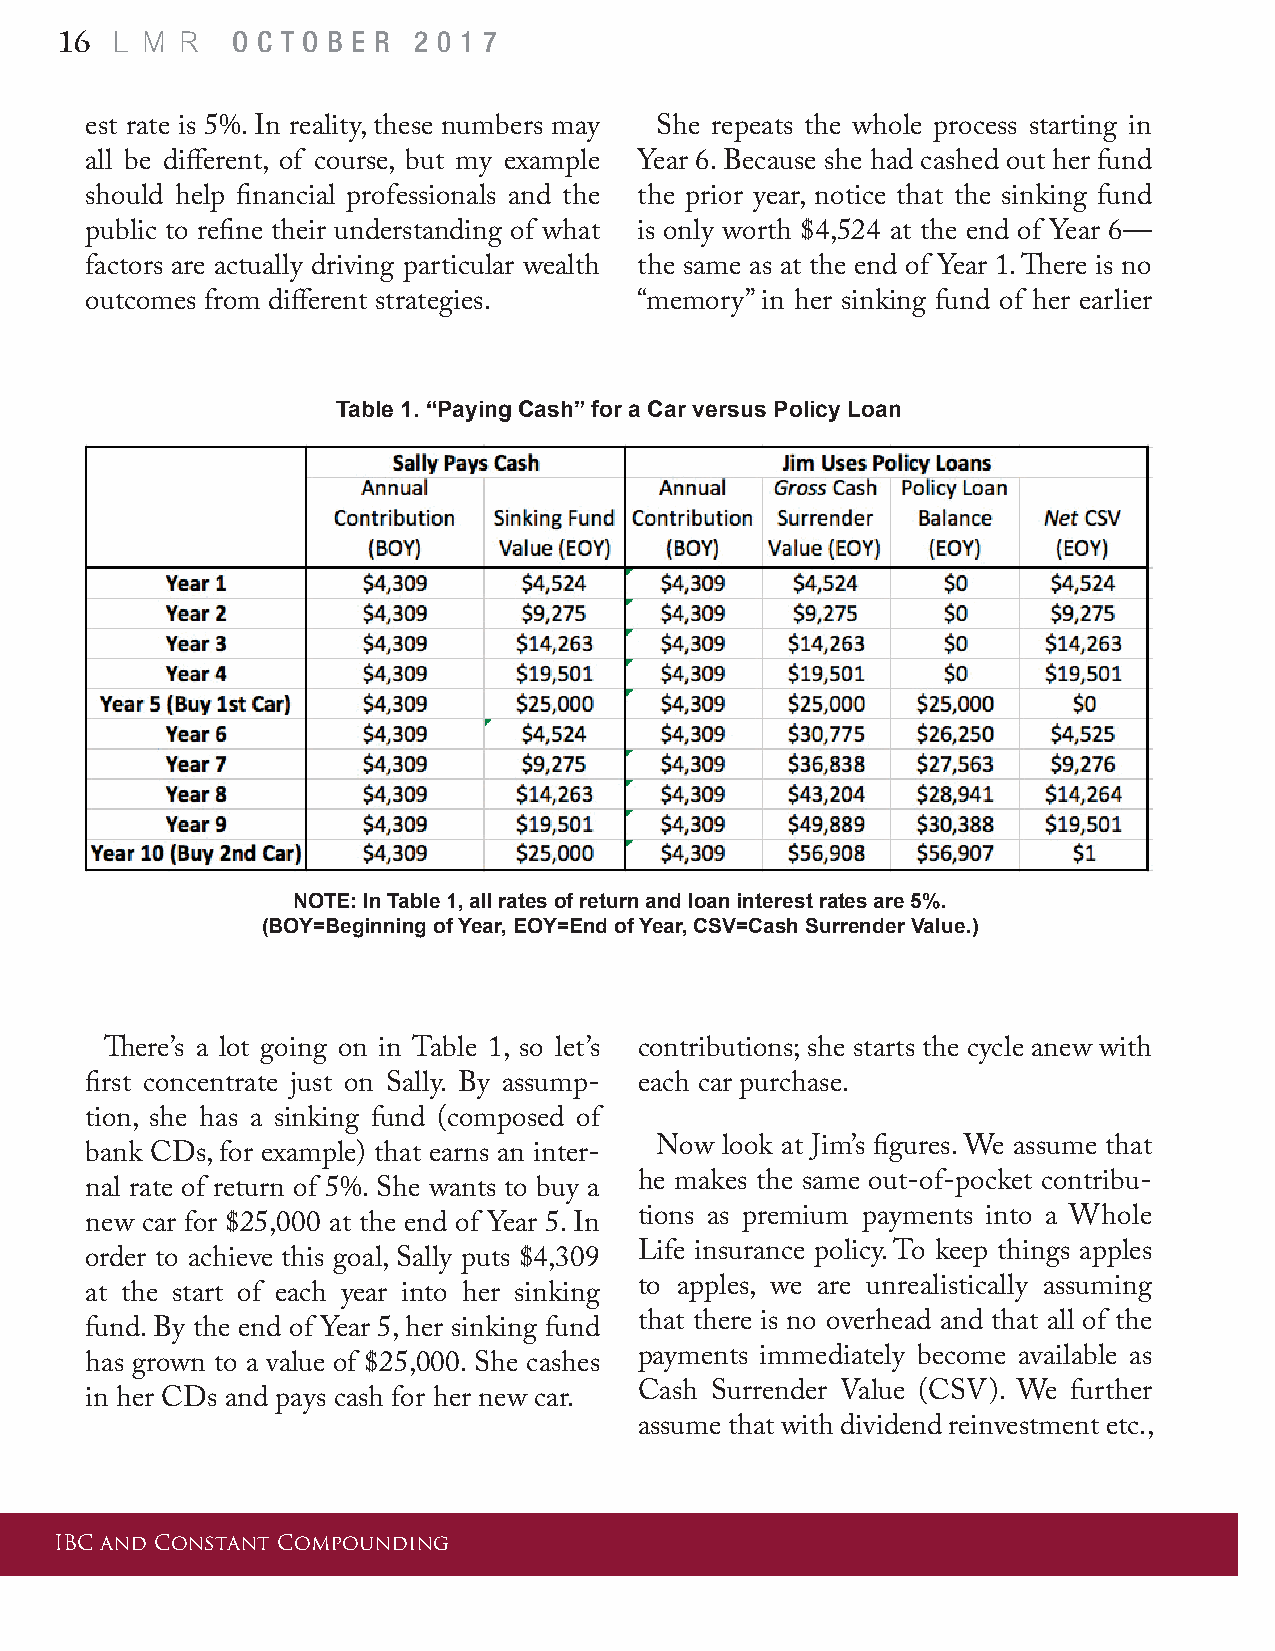
L M  R
 16         O C T O B E R 2 0 1 7
 est rate is 5%. In reality, these numbers may She repeats the whole process starting in
 all be different, of course, but my example Year 6. Because she had cashed out her fund
 should help financial professionals and the the prior year, notice that the sinking fund
 public to refine their understanding of what is only worth $4,524 at the end of Year 6—
 factors are actually driving particular wealth the same as at the end of Year 1. There is no
 outcomes from different strategies. “memory” in her sinking fund of her earlier
 Table 1. “Paying Cash” for a Car versus Policy Loan
 NOTE: In Table 1, all rates of return and loan interest rates are 5%.
 (BOY=Beginning of Year, EOY=End of Year, CSV=Cash Surrender Value.)
 There’s a lot going on in Table 1, so let’s contributions; she starts the cycle anew with
 first concentrate just on Sally. By assump- each car purchase.
 tion, she has a sinking fund (composed of
 Now  look at Jim’s figures. We assume that
 bank CDs, for example) that earns an inter-
 he makes the same out-of-pocket contribu-
 nal rate of return of 5%. She wants to buy a
 tions as premium payments into a Whole
 new car for $25,000 at the end of Year 5. In
 Life insurance policy. To keep things apples
 order to achieve this goal, Sally puts $4,309
 to apples, we are unrealistically assuming
 at the start of each year into her sinking
 that there is no overhead and that all of the
 fund. By the end of Year 5, her sinking fund
 payments immediately become available as
 has grown to a value of $25,000. She cashes
 Cash Surrender Value (CSV). We further
 in her CDs and pays cash for her new car.
 assume that with dividend reinvestment etc.,
 IBC and Constant Compounding